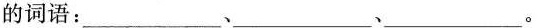
的词语：___﹑___﹑ ___。